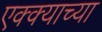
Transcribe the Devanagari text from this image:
एक्क्याच्या